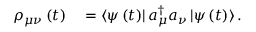
\begin{array} { r l } { \rho _ { \mu \nu } \left( t \right) } & { { } = \mathinner { \langle { \psi \left( t \right) } | } a _ { \mu } ^ { \dagger } a _ { \nu } \mathinner { | { \psi \left( t \right) } \rangle } . } \end{array}